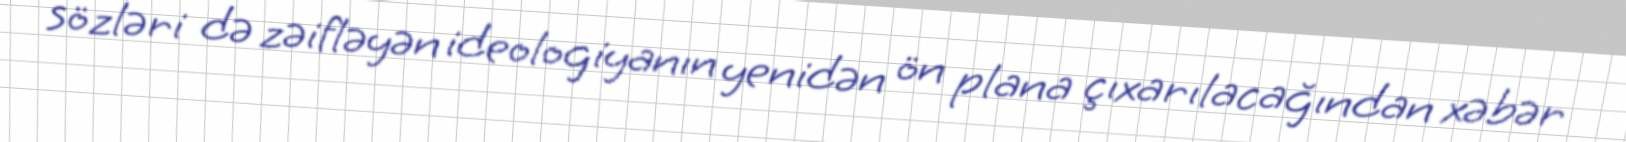
sözləri də zəifləyən ideologiyanın yenidən ön plana çıxarılacağından xəbər